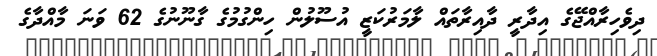
ދިވެހިރާއްޖޭގެ އިދާރީ ދާއިރާތައް ލާމަރުކަޒީ އުސޫލުން ހިންގުމުގެ ގާނޫނުގެ 62 ވަނަ މާއްދާގެ